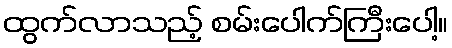
ထွက်လာသည့် စမ်းပေါက်ကြီးပေါ့။